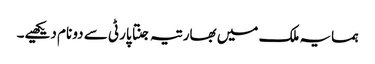
ہمسایہ ملک میں بھارتیہ جنتا پارٹی سے دو نام دیکھیے۔